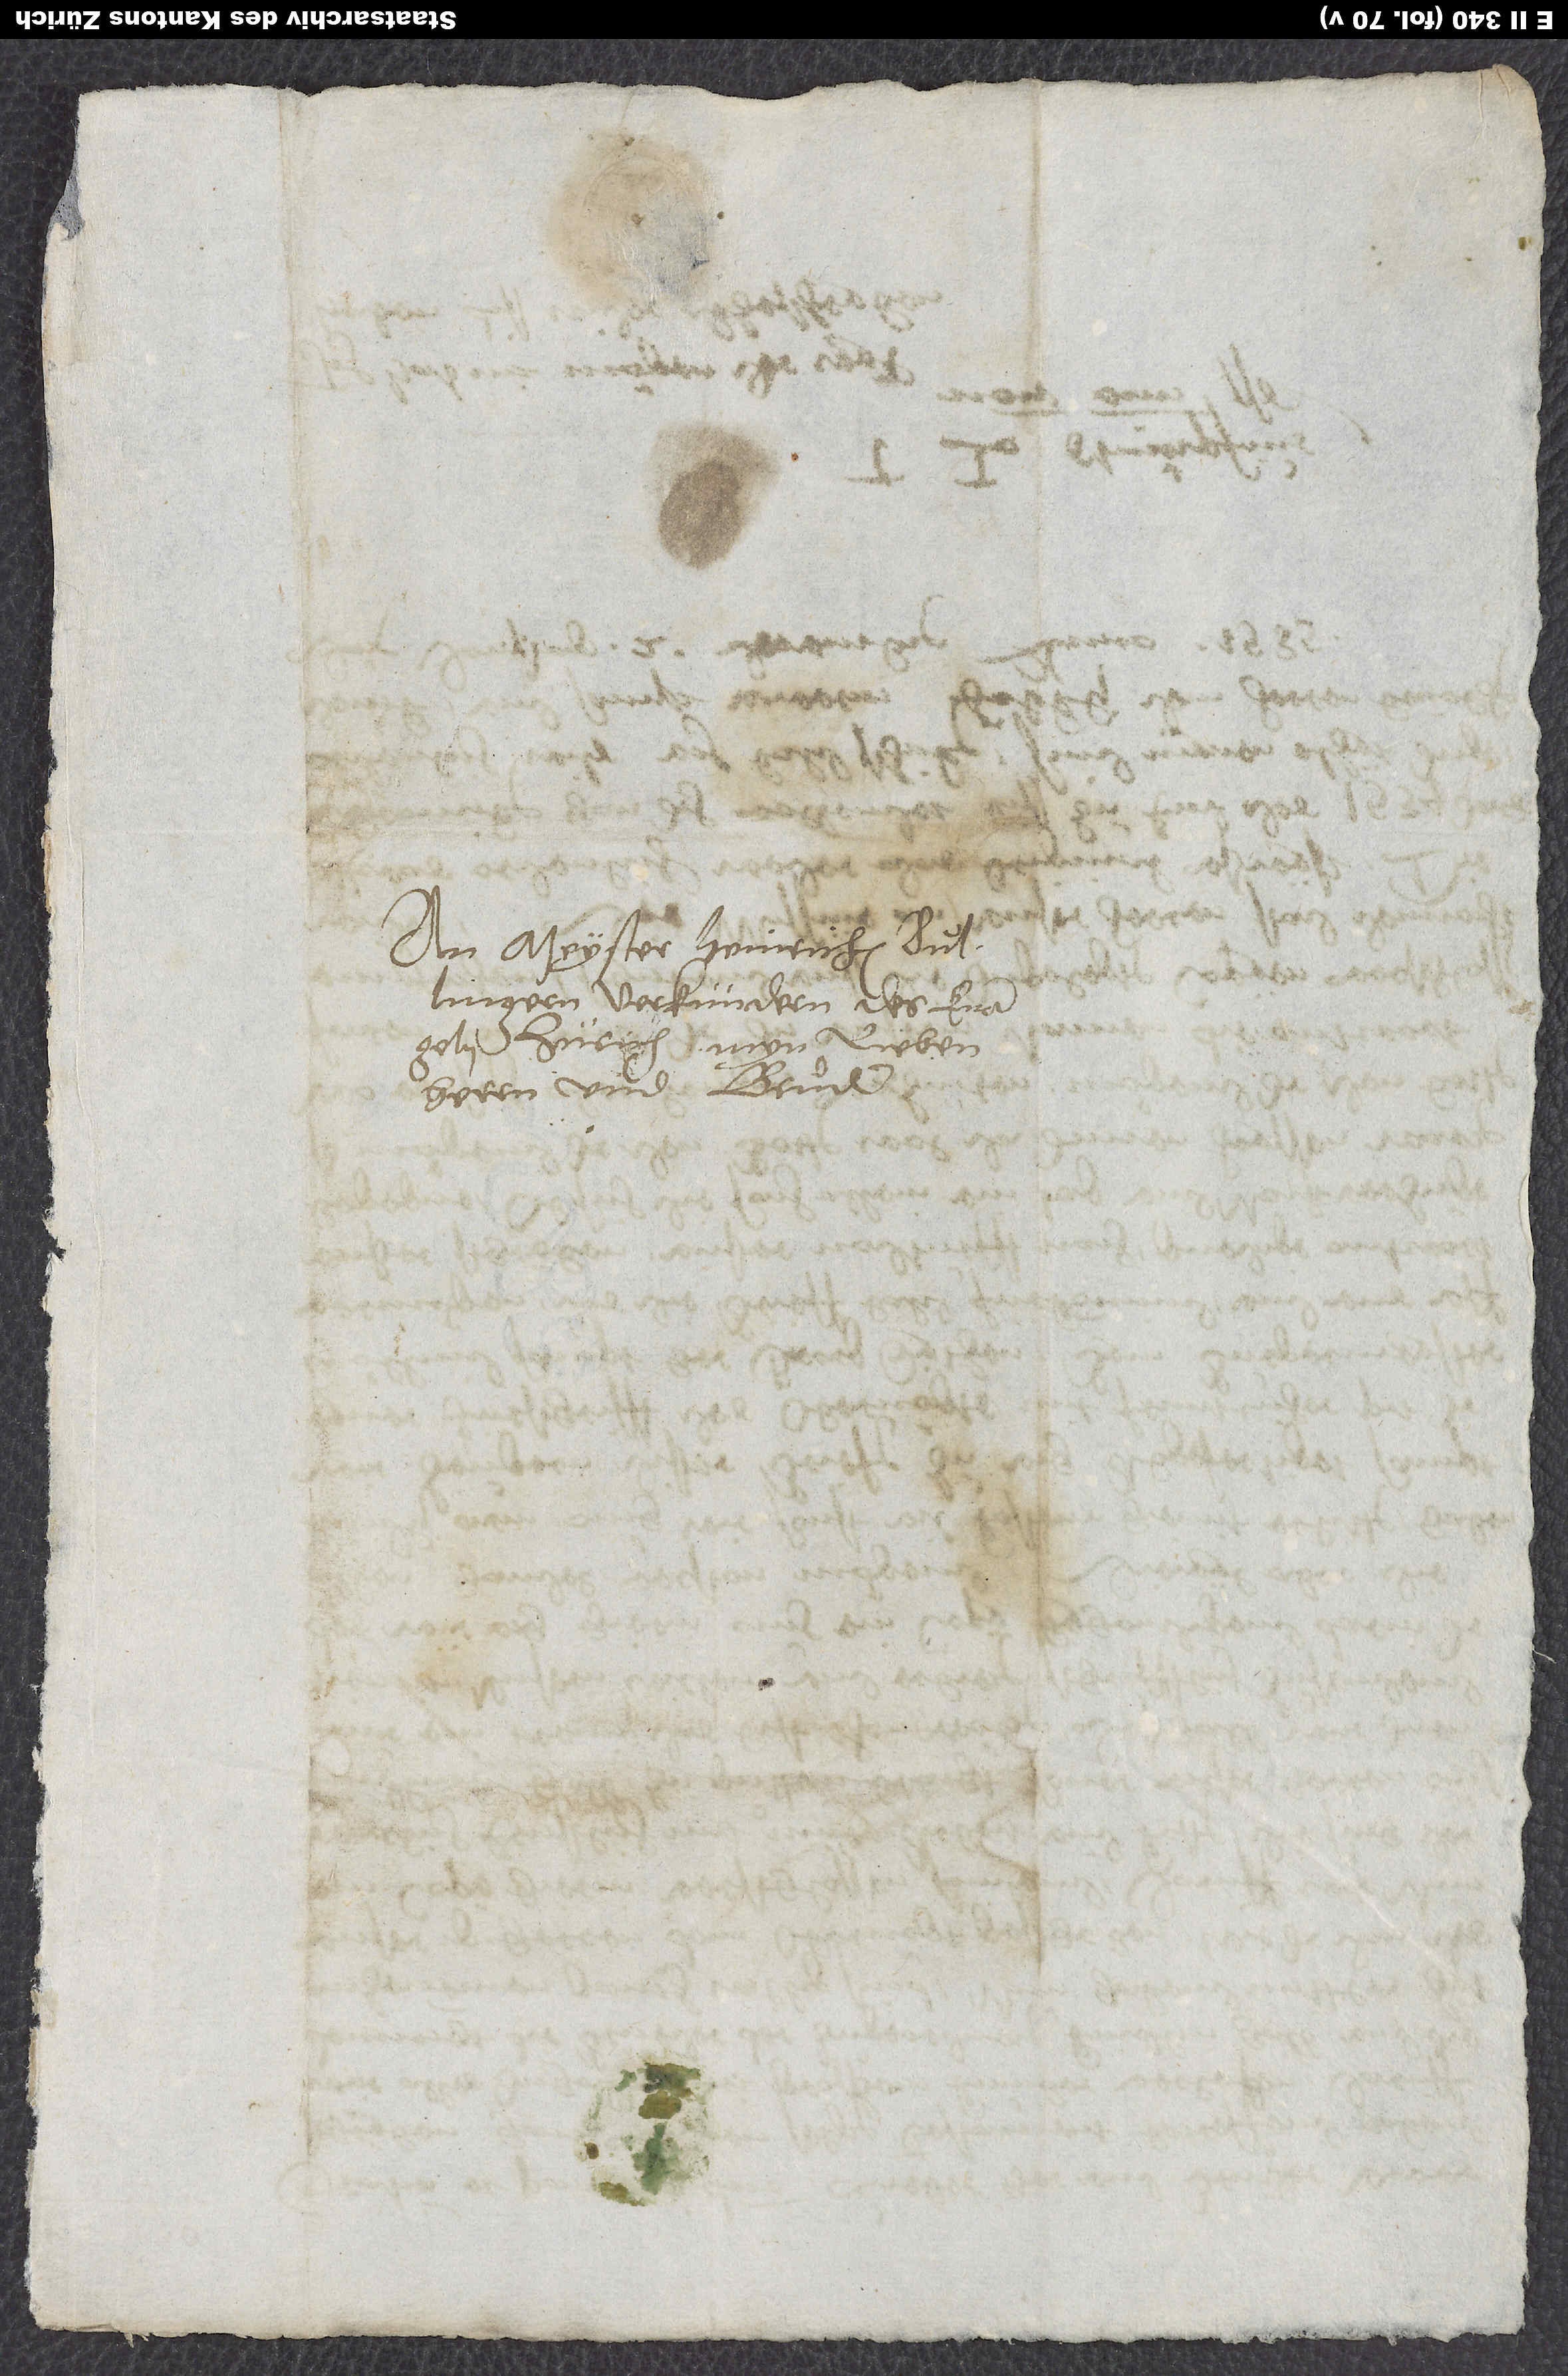
An Meyster Heinrichen Bullingem,
verkündern des evangelii
Zürich, myn lieben